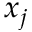
x _ { j }